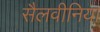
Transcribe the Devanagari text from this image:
सैलवीनिया